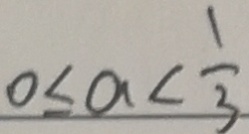
0 \leq a < \frac { 1 } { 3 }